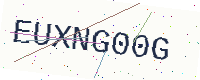
Text: EUXNG00G